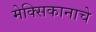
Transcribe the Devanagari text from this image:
मेक्सिकानाचे